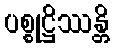
ပစ္စုဋ္ဌိဿန္တိ